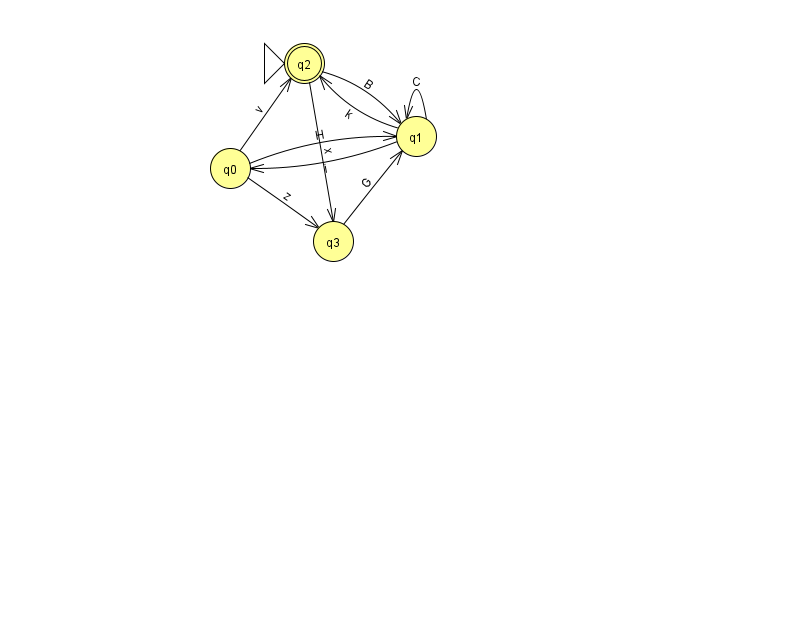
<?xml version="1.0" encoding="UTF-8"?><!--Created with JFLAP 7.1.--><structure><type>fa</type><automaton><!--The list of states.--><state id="0" name="q0"><x>230.0</x><y>155.0</y></state><state id="1" name="q1"><x>416.0</x><y>123.0</y></state><state id="2" name="q2"><x>304.0</x><y>50.0</y><initial/><final/></state><state id="3" name="q3"><x>333.0</x><y>228.0</y></state><!--The list of transitions.--><transition><from>1</from><to>2</to><read>k</read></transition><transition><from>3</from><to>1</to><read>G</read></transition><transition><from>1</from><to>1</to><read>C</read></transition><transition><from>2</from><to>3</to><read>x</read></transition><transition><from>2</from><to>1</to><read>B</read></transition><transition><from>1</from><to>0</to><read>i</read></transition><transition><from>0</from><to>1</to><read>H</read></transition><transition><from>0</from><to>3</to><read>z</read></transition><transition><from>0</from><to>2</to><read>v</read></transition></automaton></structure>